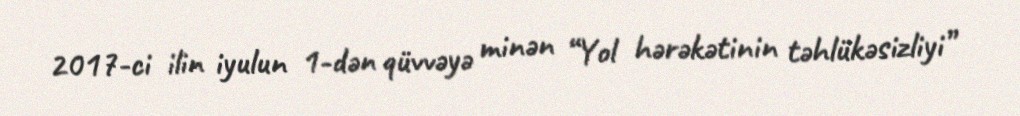
2017-ci ilin iyulun 1-dən qüvvəyə minən “Yol hərəkətinin təhlükəsizliyi”